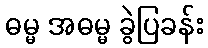
ဓမ္မ အဓမ္မ ခွဲပြခန်း